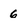
Character: 6